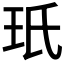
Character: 𭸻